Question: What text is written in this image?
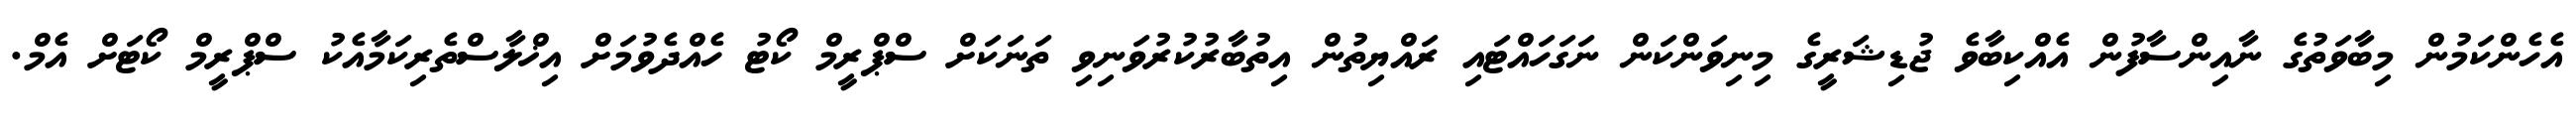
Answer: އެހެންކަމުން މިބާވަތުގެ ނާއިންސާފުން އެއްކިބާވެ ޖުޑިޝަރީގެ މިނިވަންކަން ނަގަހައްޓައި ރައްޔިތުން އިތުބާރުކުރުވަނިވި ތަނަކަށް ސްޕްރީމް ކޯޓު ހެއްދެވުމަށް އިޚްލާސްތެރިކަމާއެކު ސްޕްރީމް ކޯޓަށް އެމް.